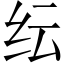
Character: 纭